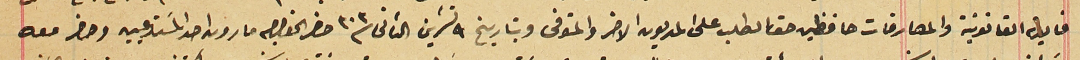
فايدة القانونية والمصارفات حافظين حق الطلب على المديون الاخر والمتوفى وبتاريخ ٩ تشرين الثانى سنة ٣٠٣ حضر الخواجه مارون احد المسَتدعيين وحضر معه